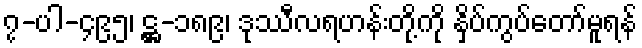
၇-ပါ-၄၉၅၊ ဋ္ဌ-၁၈၉၊ ဒုဿီလရဟန်းတို့ကို နှိပ်ကွပ်တော်မူရန်